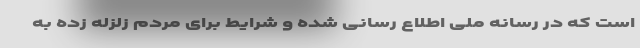
است که در رسانه ملی اطلاع رسانی شده و شرایط برای مردم زلزله زده به